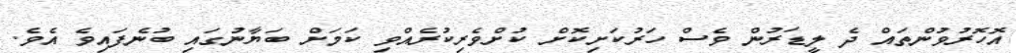
އޮހޮރުވުންތައް ދެ ލީޑަރުން ވެސް ހަރުކަށިކޮށް ކުށްވެރިކުރެއްވި ކަމަށް ބަޔާނުގައި ބުނެފައިވެ އެވެ.